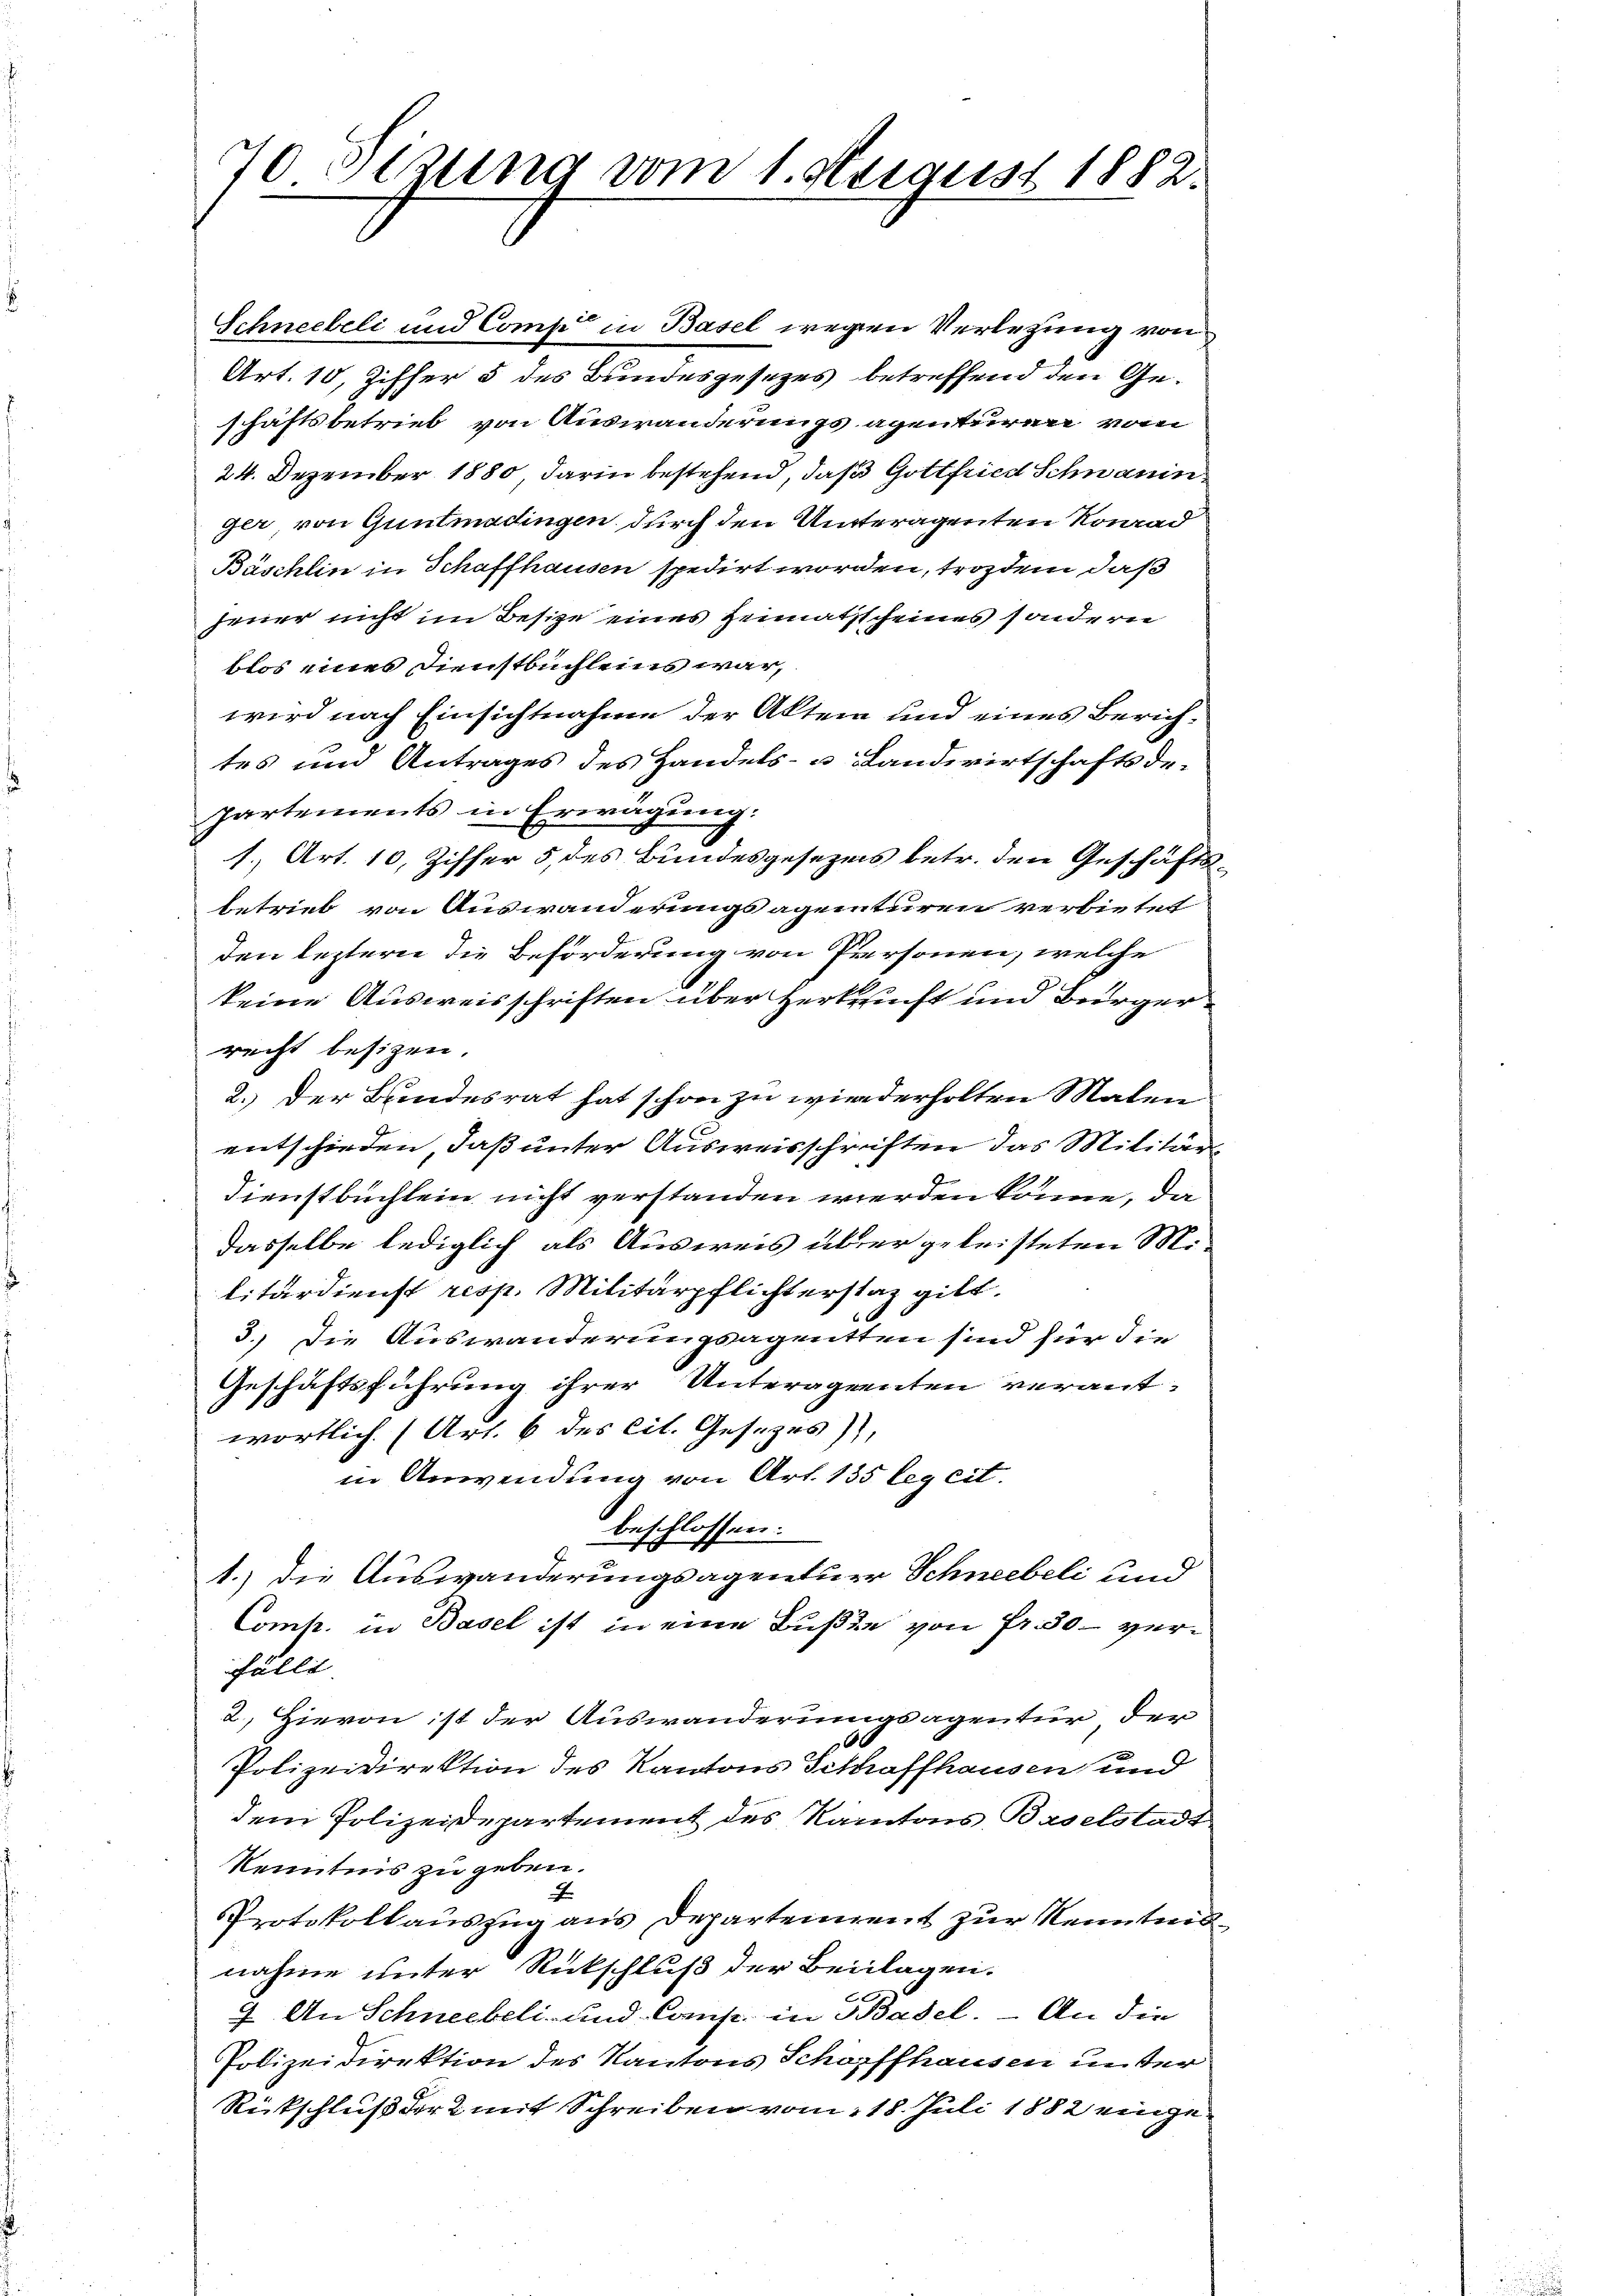
70 Otzung vom 1. August 1882.

Schneebeli und Comp in Basel wegen Verletzung von
Art. 10, Ziffer 5 des Bundesgesezes betreffend den Geschäftsbetrieb von Auswanderungsagenturen vom
24. Dezember 1880 darin bestehend, daß Gottfried Schnanin
ger von Guntmadingen durch den Unteragenten Konrad
Bäschlin in Schaffhausen spedirt worden, trozdem, daß
jener nicht im Besize eines Heimatscheines sondern
blos eines Dienstbuchleins war,
wird nach Einsichtnahme der Akten und eines Zürichtes und Antrages des Handels- u Landwirtschaftsde-
partements in Erwägung:
1., Art. 10, Ziffer 5 des Bundesgesezes betr. den Geschäfts
betrieb von Auswanderungsagenturen verbietet
den leztern die Beförderung von Personen, welche
keine Ausweisschriften über herkauft und Bürgerrecht besizen.
2.) Der Bundesrat hat schon zu wiederholten Malen
entschieden, daß unter Ausweisschriften das Militär
Dienstbuchlein nicht verstanden werden könne, da
dasselbe lediglich als Ausweis über geleisteten Militärdienst resp. Militärpflichterstat gilt.
6 x
3.) Die Auswanderungsagenten sind für die
Geschäftsführung ihrer Unteragenten verant-
wortlich (Art. 6 des cit. Gesezes),
in Anwendung von Art. 135 leg cit.
beschlossen:
1.) Die Auswanderungsagentuer Schneebeli und
Comh. in Basel ist in eine Bußen von Fr. 30- ver¬
Fälle
2. Hievon ist der Auswanderungsagentur den
00
Polizeidirektion des Kantons Gethraffhausen und
dem Polizeidepartement des Kantons Baselstadt
Kenntnis zu geben.
J
Protokollauszug aus Departement zur Kenntnisnahme unter Rückschluß der Beilagen.
7. An Schneebeli und Comp. in Basel. – An die
Polizeidirektion des Kantons Schopffhausen unter
Rückschluß der 2 mit Schreiben vom 18. Juli 1882 einge¬